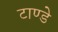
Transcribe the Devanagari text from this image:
टाण्डे